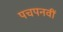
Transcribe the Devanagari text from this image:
पचपनवीं